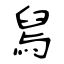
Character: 舃